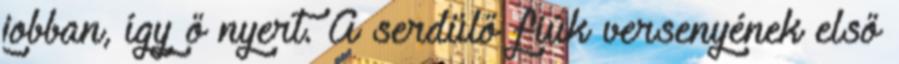
jobban, így ő nyert. A serdülő fiúk versenyének első